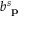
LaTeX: b _ { \textbf { p } } ^ { s }